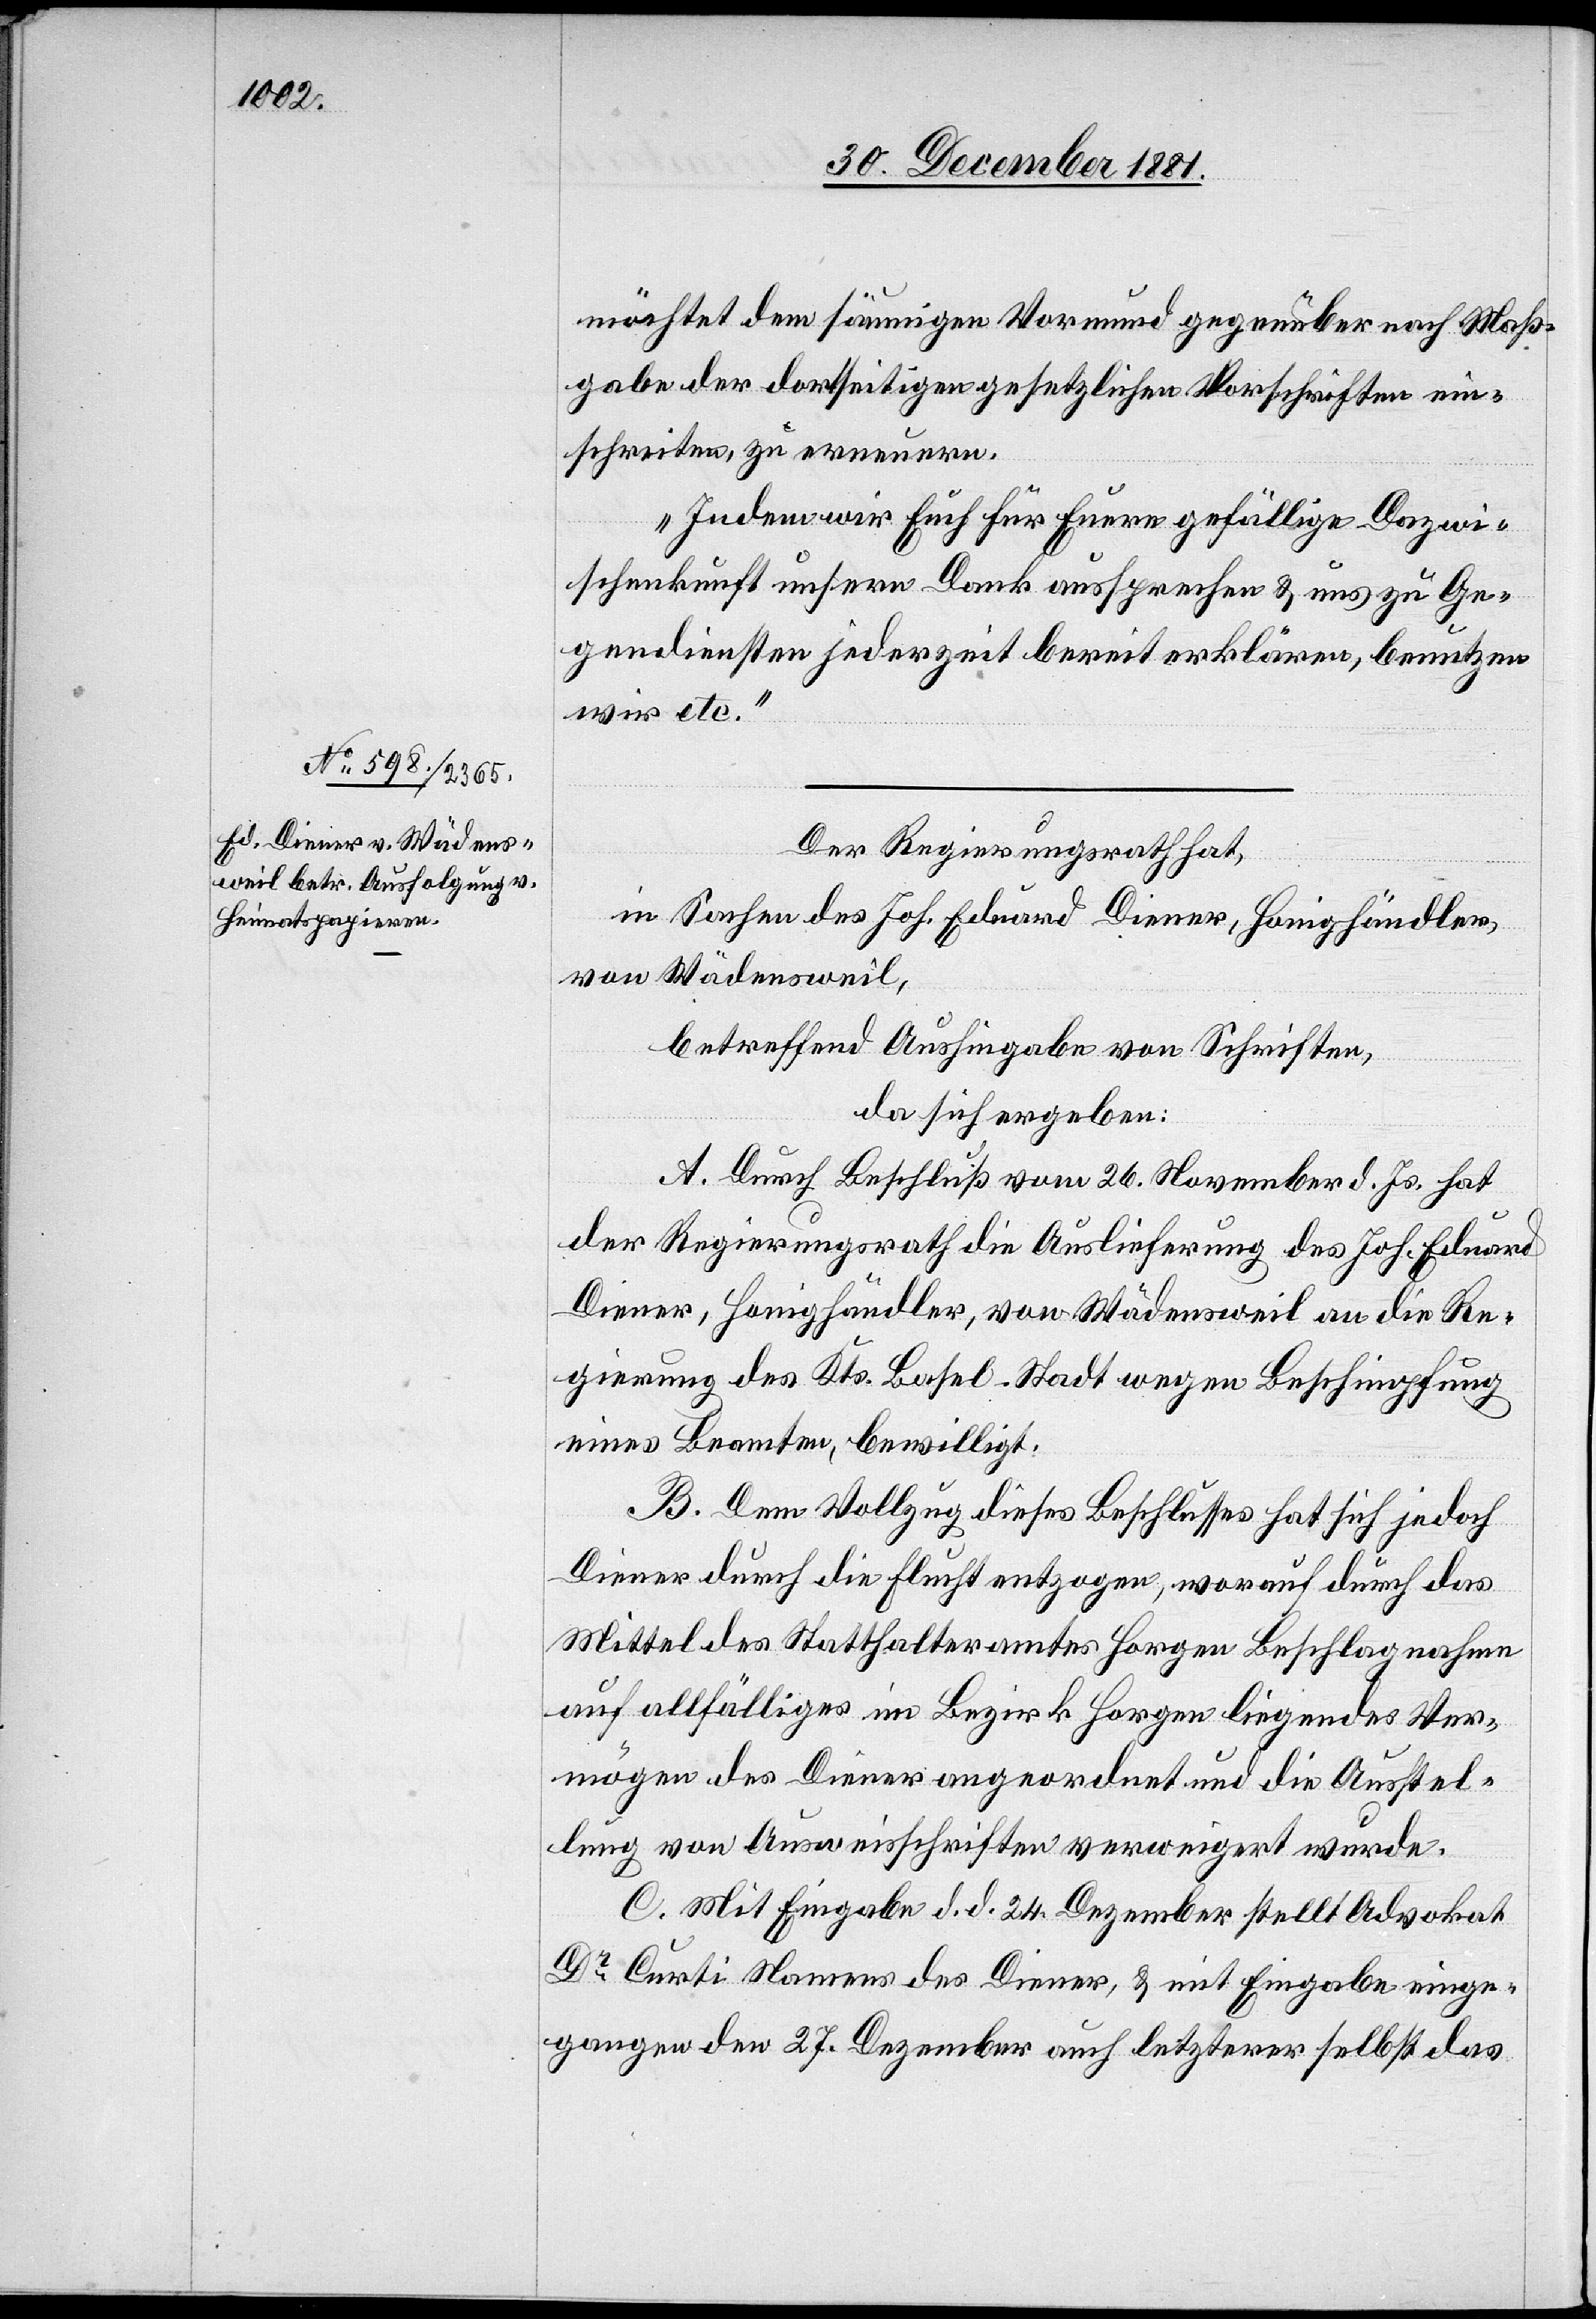
möchtet dem säumigen Vormund gegenüber nach Maß¬
gabe der dortseitigen gesetzlichen Vorschriften ein¬
schreiten, zu erneuern.
Indem wir Euch für Euere gefällige Dazwi¬
schenkunft unsern Dank aussprechen & uns zu Ge¬
gendiensten jederzeit bereit erklären, benutzen
wir etc.“
Der Regierungsrath hat,
in Sachen des Joh. Eduard Diener, Honighändler,
von Wädensweil,
betreffend Aushingabe von Schriften,
da sich ergeben:
A. Durch Beschluß vom 26. November d. Js. hat
der Regierungsrath die Auslieferung des Joh. Eduard
Diener, Honighändler, von Wädensweil an die Re¬
gierung des Kts. Basel-Stadt wegen Beschimpfung
eines Beamten, bewilligt.
B. Dem Vollzug dieses Beschlusses hat sich jedoch
Diener durch die Flucht entzogen, worauf durch das
Mittel des Statthalteramtes Horgen Beschlagnahme
auf allfälliges im Bezirk Horgen liegendes Ver¬
mögen des Diener angeordnet und die Ausstel¬
lung von Ausweisschriften verweigert wurde.
C. Mit Eingabe d. d. 24. Dezember stellt Advokat
Dr Curti Namens des Diener, & mit Eingabe einge¬
gangen den 27. Dezember auch letzterer selbst das